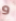
و